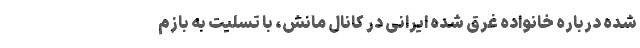
شده درباره خانواده غرق شده ایرانی در کانال مانش، با تسلیت به بازم